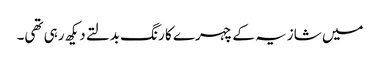
میں شازیہ کے چہرے کا رنگ بدلتے دیکھ رہی تھی۔